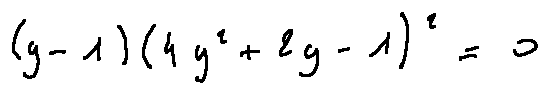
( y - 1 ) ( 4 y ^ { 2 } + 2 y - 1 ) ^ { 2 } = 0